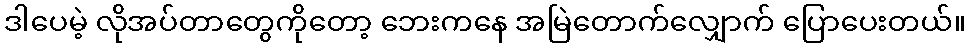
ဒါပေမဲ့ လိုအပ်တာတွေကိုတော့ ဘေးကနေ အမြဲတောက်လျှောက် ပြောပေးတယ်။